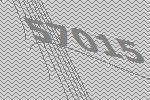
57015